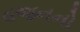
વજનનો